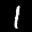
Label: 1